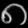
Digit: ၈